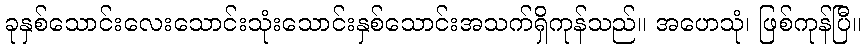
ခုနှစ်သောင်းလေးသောင်းသုံးသောင်းနှစ်သောင်းအသက်ရှိကုန်သည်။ အဟေသုံ၊ ဖြစ်ကုန်ပြီ။